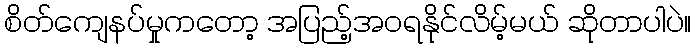
စိတ်ကျေနပ်မှုကတော့ အပြည့်အဝရနိုင်လိမ့်မယ် ဆိုတာပါပဲ။